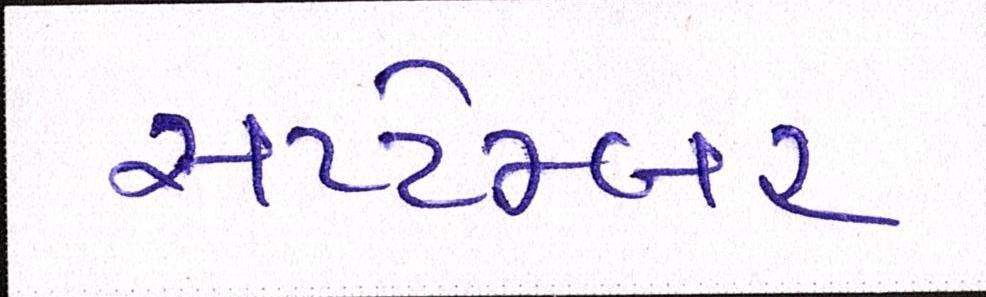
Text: સપ્ટેમ્બર